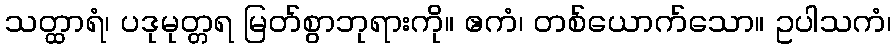
သတ္ထာရံ၊ ပဒုမုတ္တရ မြတ်စွာဘုရားကို။ ဧကံ၊ တစ်ယောက်သော။ ဥပါသကံ၊